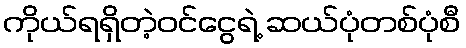
ကိုယ်ရရှိတဲ့ဝင်ငွေရဲ့ ဆယ်ပုံတစ်ပုံစီ